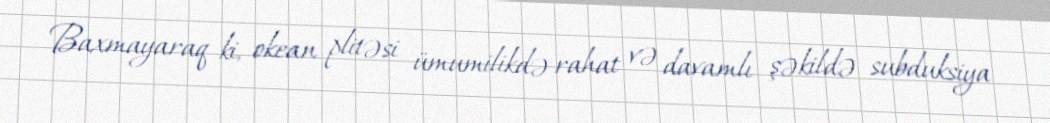
Baxmayaraq ki, okean plitəsi ümumilikdə rahat və davamlı şəkildə subduksiya